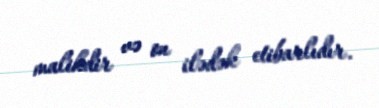
malikdir və on ilədək etibarlıdır.